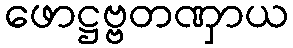
ဖောဋ္ဌဗ္ဗတဏှာယ